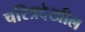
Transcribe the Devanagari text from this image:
चरित्रदेखील